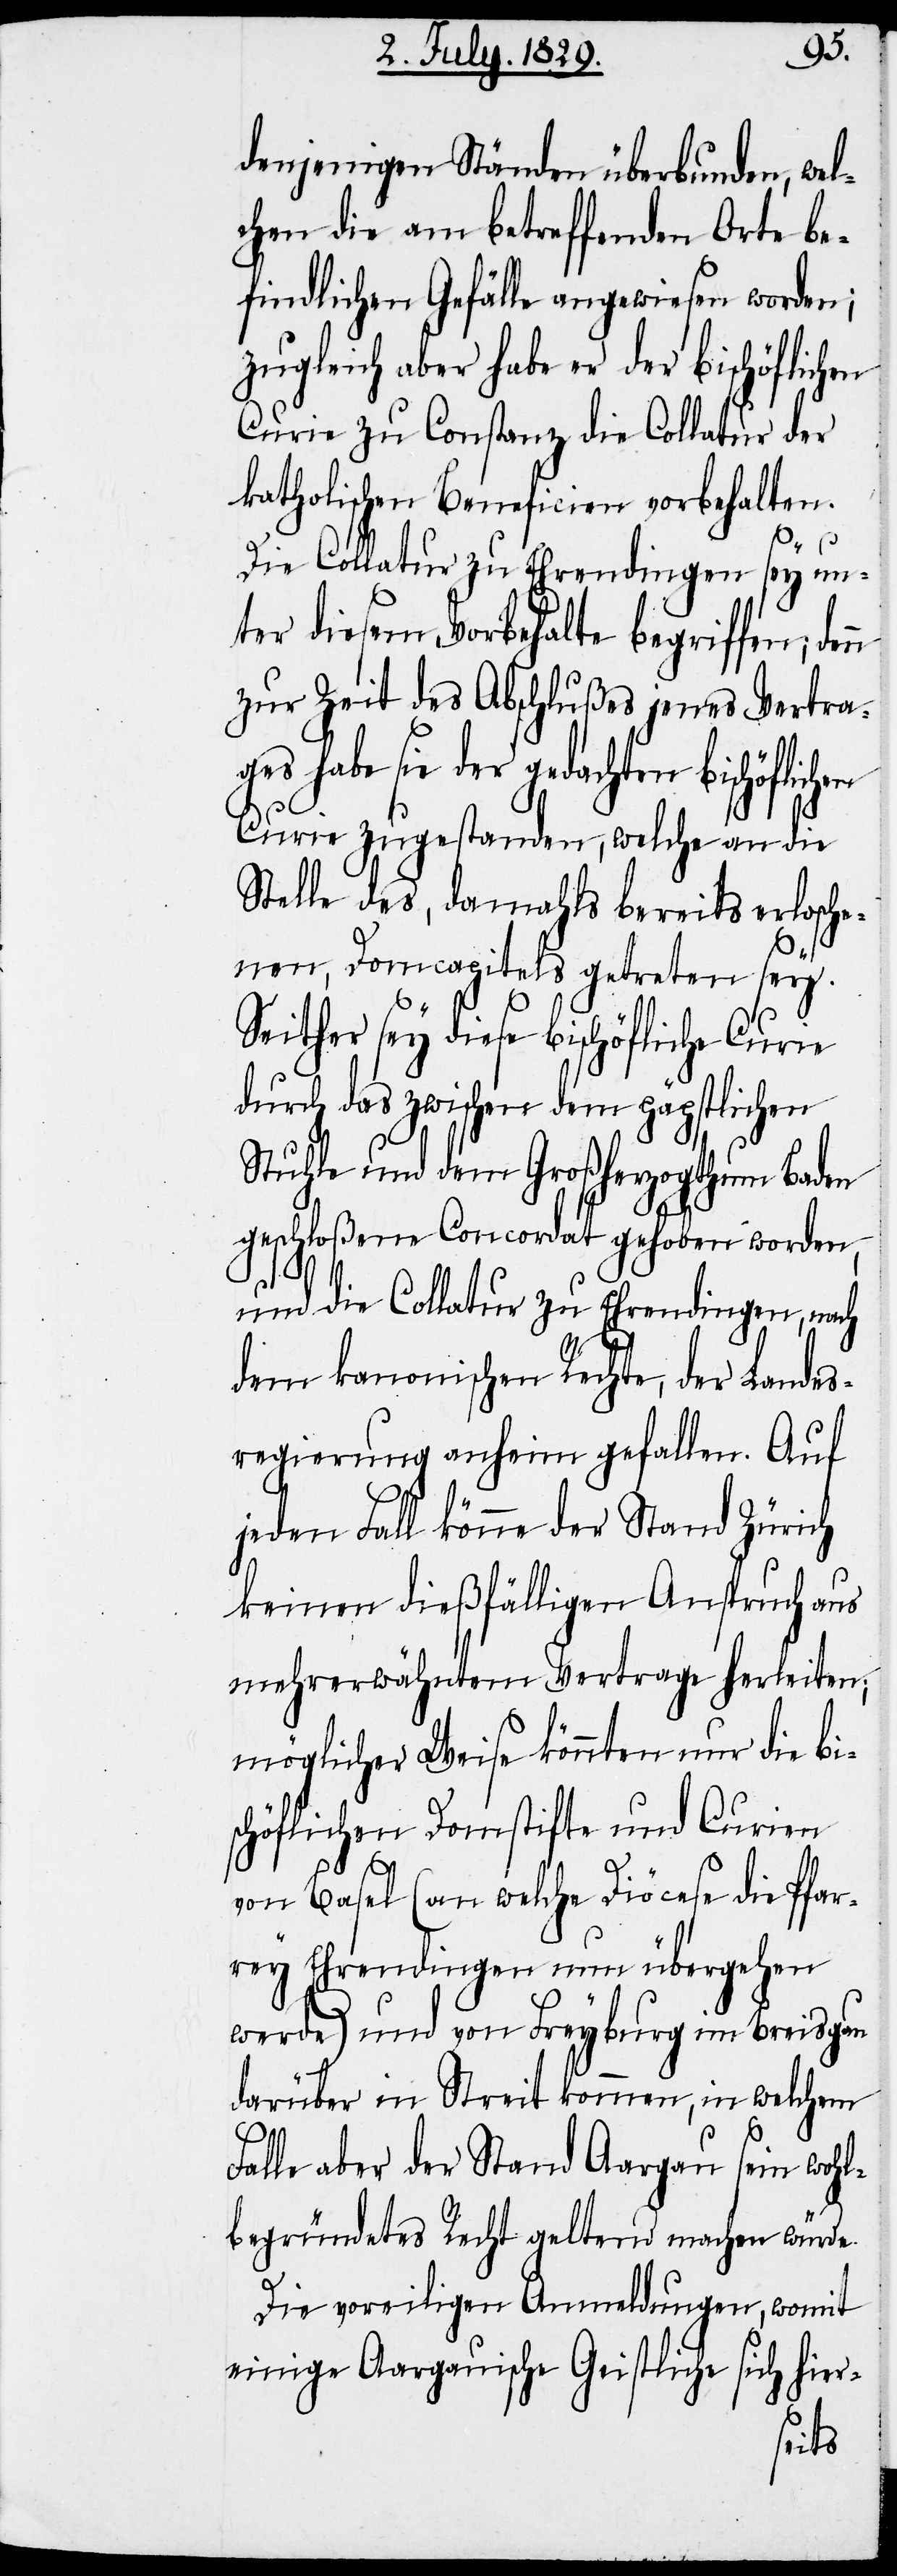
nn
denjenigen Ständen überbunden, wel¬
chen die am betreffenden Orte be¬
findlichen Gefälle angewiesen worden;
zugleich aber habe er der bischöflichen
Curie zu Constanz die Collatur der
katholischen Beneficien vorbehalten.
Die Collatur zu Ehrendingen sey un¬
ter diesem Vorbehalte begriffen; de¬
zur Zeit des Abschlußes jenes Vertrag¬
es habe sie der gedachten
Curie zugestanden, welche an die
Stelle des, damahls bereits erlosche¬
nen, Domcapitels getreten sey.
Seither sey diese bischöfliche Curie
durch das zwischen dem päpstlichen
Stuhle und dem Großherzogthum Baden
geschloßene Concordat gehoben worden,
und die Collatur zu Ehrendingen, nach
dem kanonischen Rechte, der Landes¬
regierung anheim gefallen. Auf
jeden Fall könne der Stand Zürich
keinen dießfälligen Anspruch aus
mehrerwähntem Vertrage herleiten;
möglicher Weise könnten nur die bi¬
schöflichen Domstifte und Curien
von Basel (an welche Diöcese die Pfar¬
rey Ehrendingen nun übergehen
werde) und von Freyburg im Breisgau
darüber in Streit kommen, in welchem
Falle aber der Stand Aargau sein wohl¬
begründetes Recht geltend machen würde.
Die voreilige Anmeldungen, womit
einige Aargauische Geistliche sich hier-